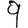
Digit: 9